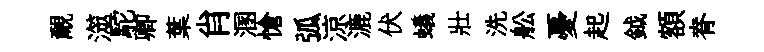
覼澨駝卿葉肖溷愴弧涼漉伏蟻壯洗舩憂起鉞額脊